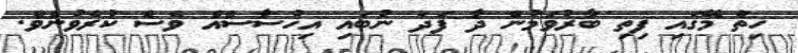
ހިތް މޭގައި ފިތި ބާރުވަމުން ދާ ފަދަ ނުބައި އިހުސާސެއް ވެސް ކުރެވުނެވެ.